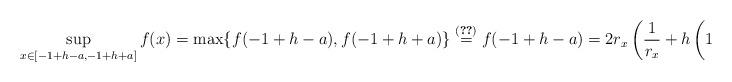
LaTeX: \begin{align*}\sup_{x \in [-1+h-a,-1+h+a]} f(x) & = \max\{f(-1+h-a),f(-1+h+a)\} \stackrel{(\ref{eq:f-endpoints-max-left})}{ = }f(-1+h-a) = 2 r_x \left( \frac{1}{r_x} + h\left(1 - \frac{1}{r_x}\right)\right). \end{align*}